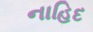
નાહિદ